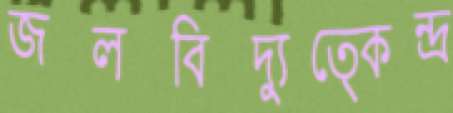
জলবিদ্যুত্কেন্দ্র